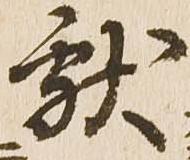
献